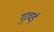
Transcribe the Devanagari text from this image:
गुरचई